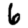
Digit: 6